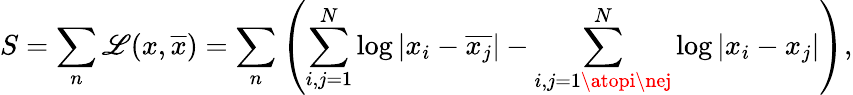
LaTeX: S=\sum_{n}{\cal\mathscr{L}}(x,\overline{{{{x}}}})=\sum_{n}\left(\sum_{i,j=1}^{N}\log|x_{i}-\overline{{{{x_{j}}}}}|-\sum_{i,j=1\atopi\nej}^{N}\log|x_{i}-{x_{j}}|\right),